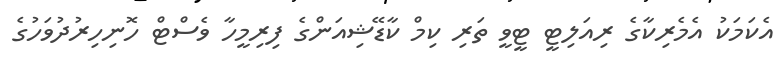
އެކަމަކު އެމެރިކާގެ ރިއަލިޓީ ޓީވީ ތަރި ކިމް ކާޑޭޝިއަންގެ ފިރިމީހާ ވެސްޓް ހޮނިހިރުދުވަހުގެ